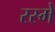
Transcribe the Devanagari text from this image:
रस्मे